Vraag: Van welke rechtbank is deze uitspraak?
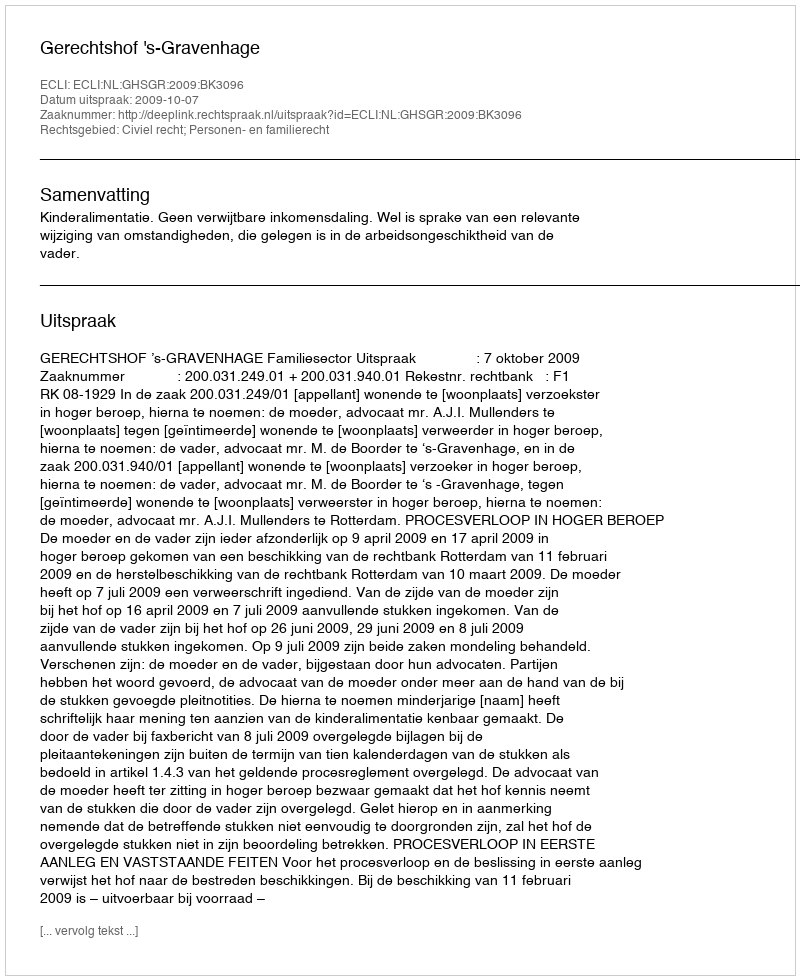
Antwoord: Gerechtshof 's-Gravenhage